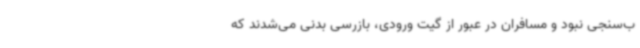
ب‌سنجی نبود و مسافران در عبور از گیت ورودی، بازرسی بدنی می‌شدند که